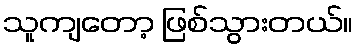
သူကျတော့ ဖြစ်သွားတယ်။